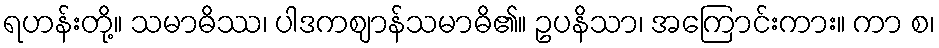
ရဟန်းတို့။ သမာဓိဿ၊ ပါဒကဈာန်သမာဓိ၏။ ဥပနိသာ၊ အကြောင်းကား။ ကာ စ၊